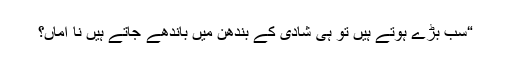
“سب بڑے ہوتے ہیں تو ہی شادی کے بندھن میں باندھے جاتے ہیں نا اماں؟